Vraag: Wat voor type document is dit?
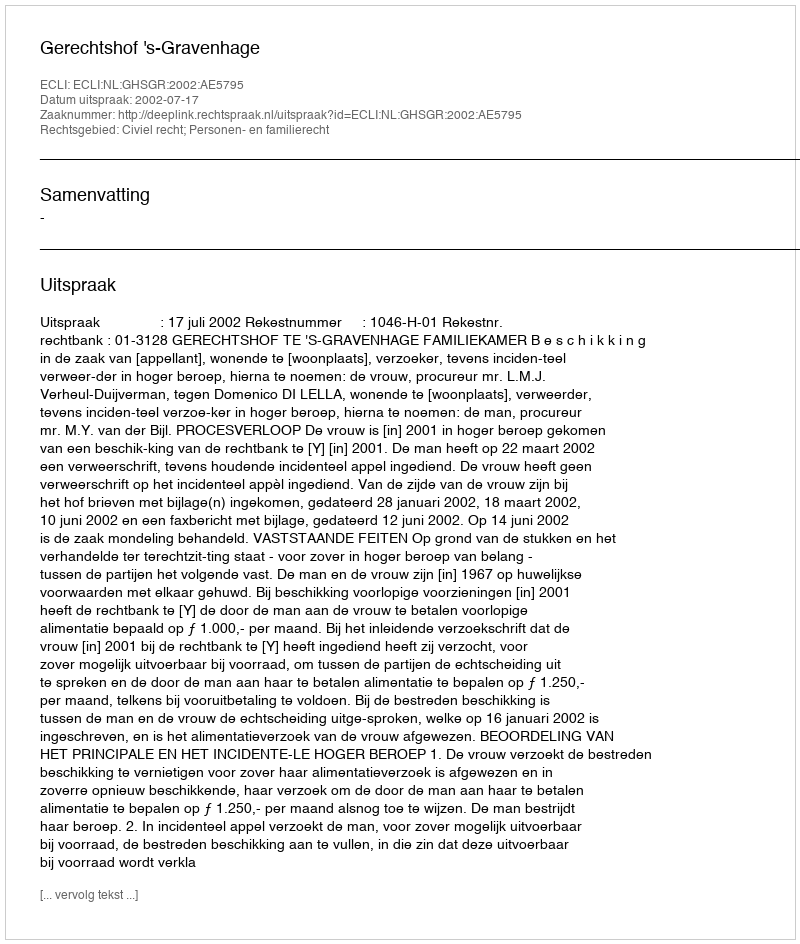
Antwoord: Uitspraak